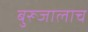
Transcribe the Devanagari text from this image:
बुरूजालाच